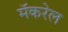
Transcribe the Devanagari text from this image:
मॅकरेल